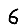
Digit: 6